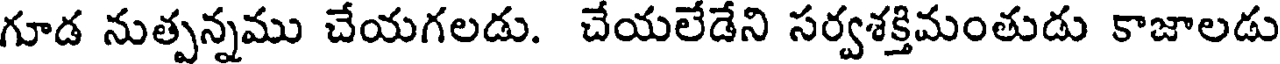
గూడ నుత్పన్నము చేయగలడు. చేయలేడేని సర్వశక్తిమంతుడు కాజాలడు